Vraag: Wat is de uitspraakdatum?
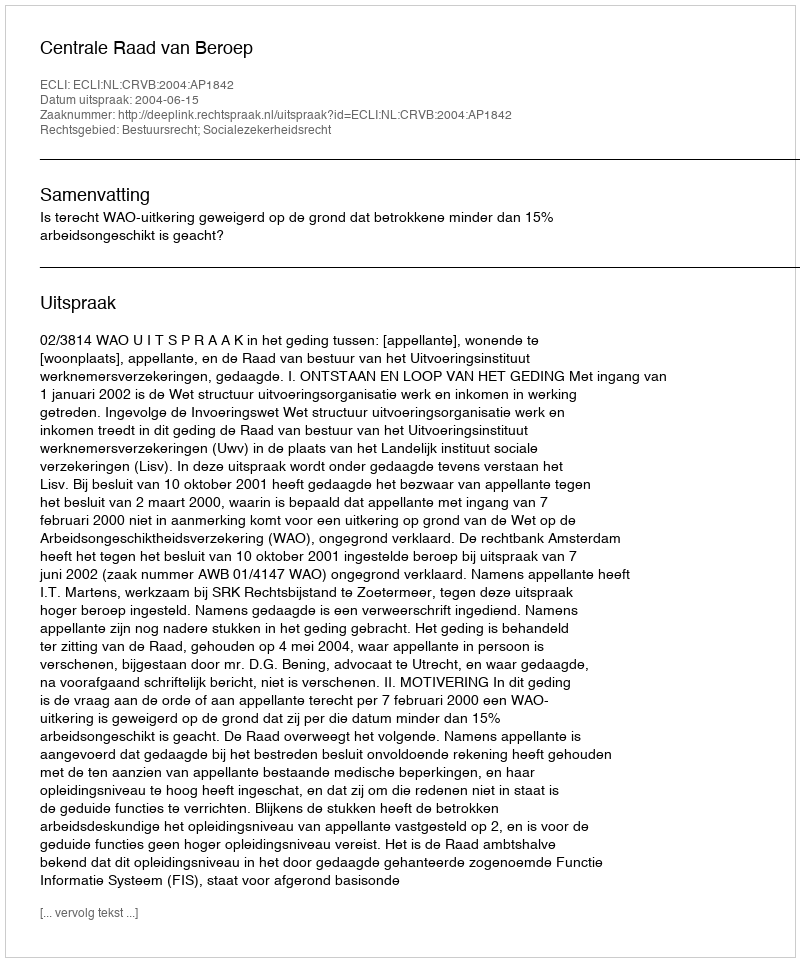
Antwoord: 2004-06-15